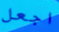
اجعل